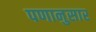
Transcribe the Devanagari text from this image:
पणानुसार